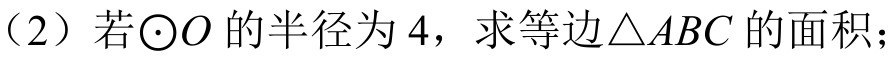
（2）若$\odot O$的半径为$4$，求等边$\triangle ABC$的面积；